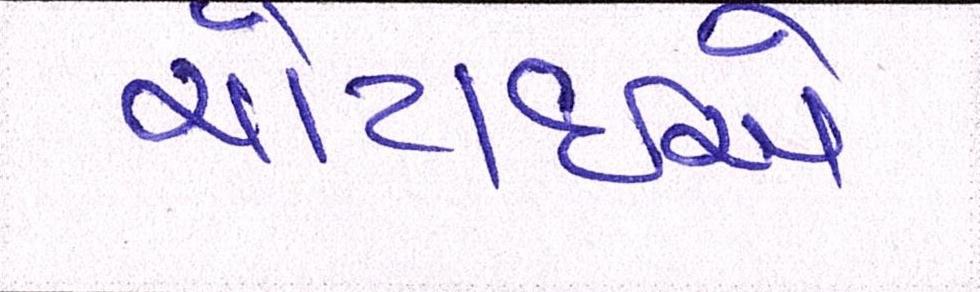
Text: ચોટાઇએ